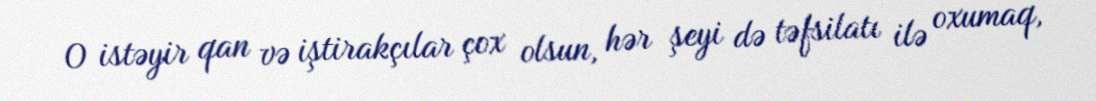
O istəyir qan və iştirakçılar çox olsun, hər şeyi də təfsilatı ilə oxumaq,